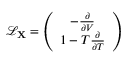
\mathcal { L } _ { \mathbf { X } } = \left( \begin{array} { c } { - \frac { \partial } { \partial V } } \\ { 1 - T \frac { \partial } { \partial T } } \end{array} \right)